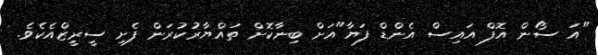
"އަ ސޯން އޮފް އައިސް އެންޑް ފަޔާ"އަށް ބިނާކޮށް ތައްޔާރުކުރަން ފެށި ސީރީޒްއެކެވެ.